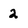
Character: 2